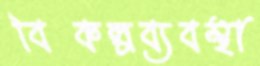
বিকল্পব্যবস্থা